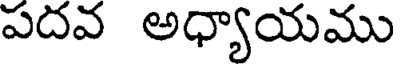
పదవ అధ్యాయము